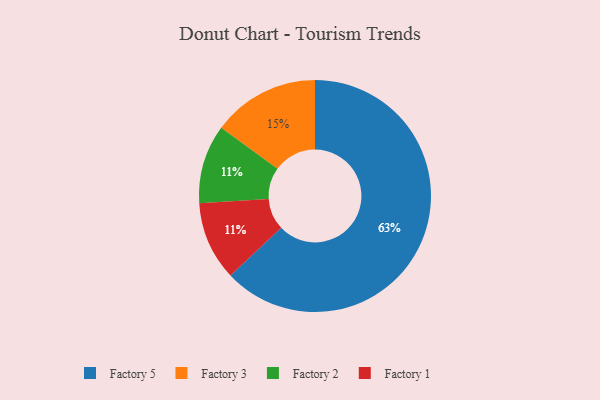
{"axis": {"x": "Category", "y": "Percentage"}, "legend": ["Factory 1", "Factory 2", "Factory 3", "Factory 5"], "data": [{"x": "Factory 2", "y": 11, "type": "Factory 2"}, {"x": "Factory 1", "y": 11, "type": "Factory 1"}, {"x": "Factory 3", "y": 15, "type": "Factory 3"}, {"x": "Factory 5", "y": 63, "type": "Factory 5"}]}